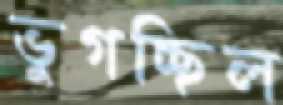
ভুগচ্ছিল